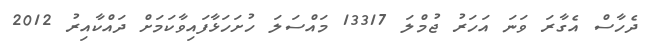
ދެހާސް އެގާރަ ވަނަ އަހަރު ޖުމްލަ 13317 މައްސަލަ ހުށަހަޅާފައިވާކަމަށް ދައްކާއިރު 2012